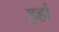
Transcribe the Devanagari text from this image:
इहां